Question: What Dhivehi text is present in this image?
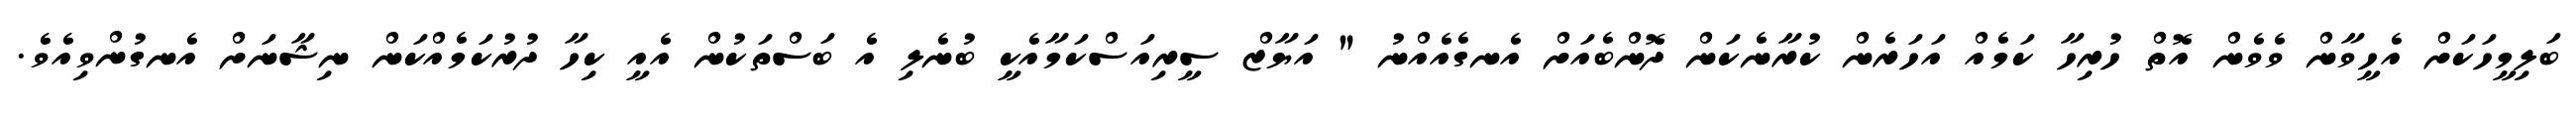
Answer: ބަލިމީހަކަށް އެހީވާން ވެވެން އޮތް ހުރިހާ ކަމެއް އަހަރެން ކުރާނެކަން ދޮންބެއަށް އެނގެއެއްނު " އަޔާޒް ސީރިއަސްކަމާއެކީ ބުނެލި އެ ބަސްތަކުން އެއީ ކިހާ ދުރުކަމެއްކަން ނިޝާނަށް އެނގުންވިއެވެ.